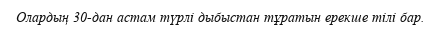
Олардың 30-дан астам түрлі дыбыстан тұратын ерекше тілі бар.